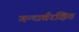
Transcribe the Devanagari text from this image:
गन्धर्वरक्षितं